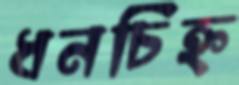
ধনচিহ্ন